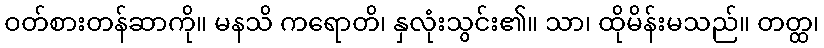
ဝတ်စားတန်ဆာကို။ မနသိ ကရောတိ၊ နှလုံးသွင်း၏။ သာ၊ ထိုမိန်းမသည်။ တတ္ထ၊